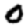
Digit: 0